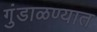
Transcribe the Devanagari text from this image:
गुंडाळण्यात